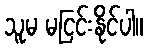
သူမ မငြင်းနိုင်ပါ။